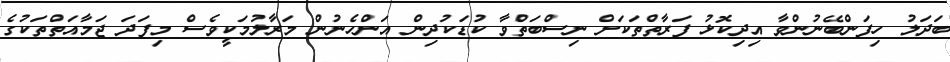
ބަދަލު ހިފަންބޭނުންވާ އިދިކޮޅު ފަރާތްތަކަށް ނިސްބަތްވާ ކުޑަކުދިން އަންހެނުން މަރާލުމަކީވެސް މިފަދަ ޖަމާއަތްތަކުގެ